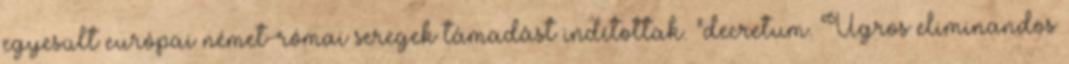
egyesült európai német-római seregek támadást indítottak. "decretum. Ugros eliminandos